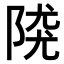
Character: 𨺖